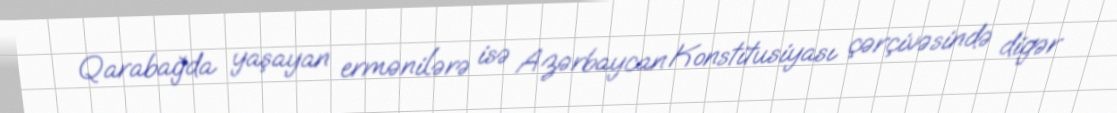
Qarabağda yaşayan ermənilərə isə Azərbaycan Konstitusiyası çərçivəsində digər